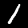
Label: 1